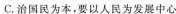
C. 治国民为本，要以人民为发展中心